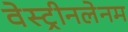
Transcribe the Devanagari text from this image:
वेस्ट्रीनलेनम